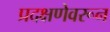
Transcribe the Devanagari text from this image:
प्रदक्षणेवरून